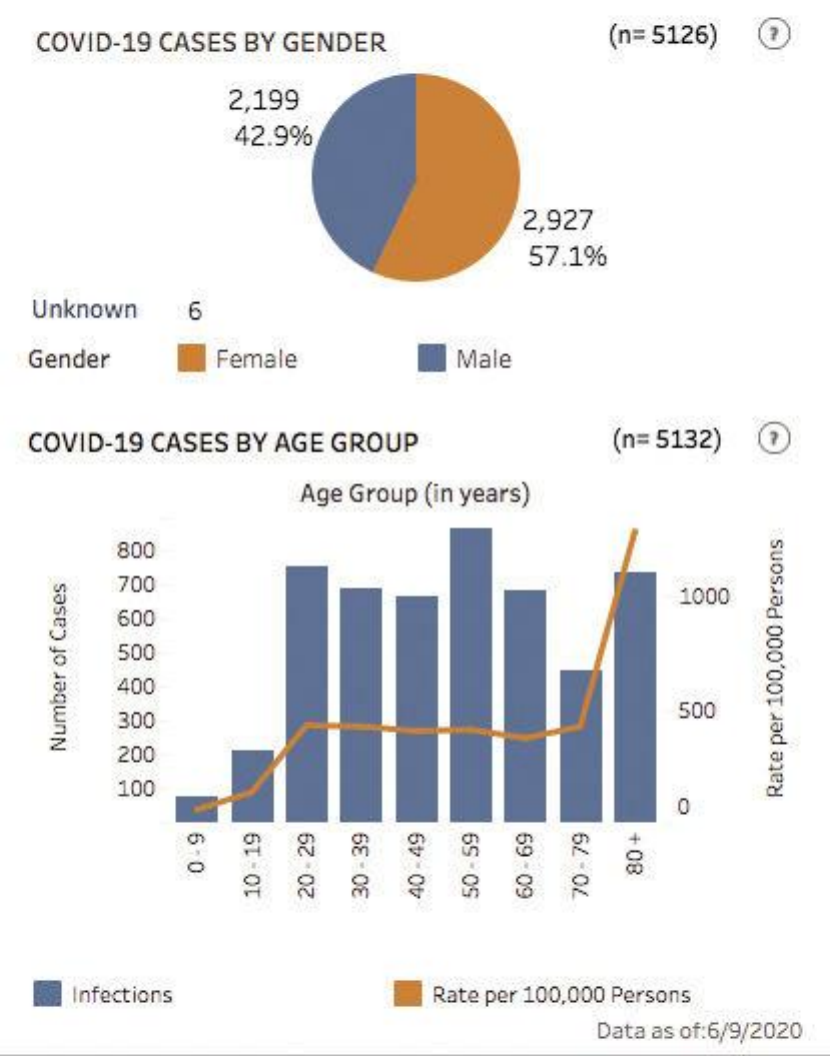
COVID-19   CASES   BY  GENDER    (n=5126)
     2,199
     42.9%
     2,927
     57.1%
   Unknown    6
   Gender    Female    Male
   COVID-19   CASES   BY  AGE  GROUP    (n= 5132)
     Age  Group  (in years)
     800
     700
     1000
     600
     500
     400
     300
     500
     200
     Number
     of
     Cases
     100
     0
     Rate
     per
     100,000
     Persons
     0-9    80+
     10
     -19    40-49    60-69 70-79 20-29 30-39 50-59
     Infections    Rate per 100,000 Persons
     Data as of:6/9/2020